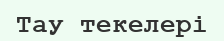
Тау текелері